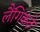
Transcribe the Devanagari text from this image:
लैंगिकते